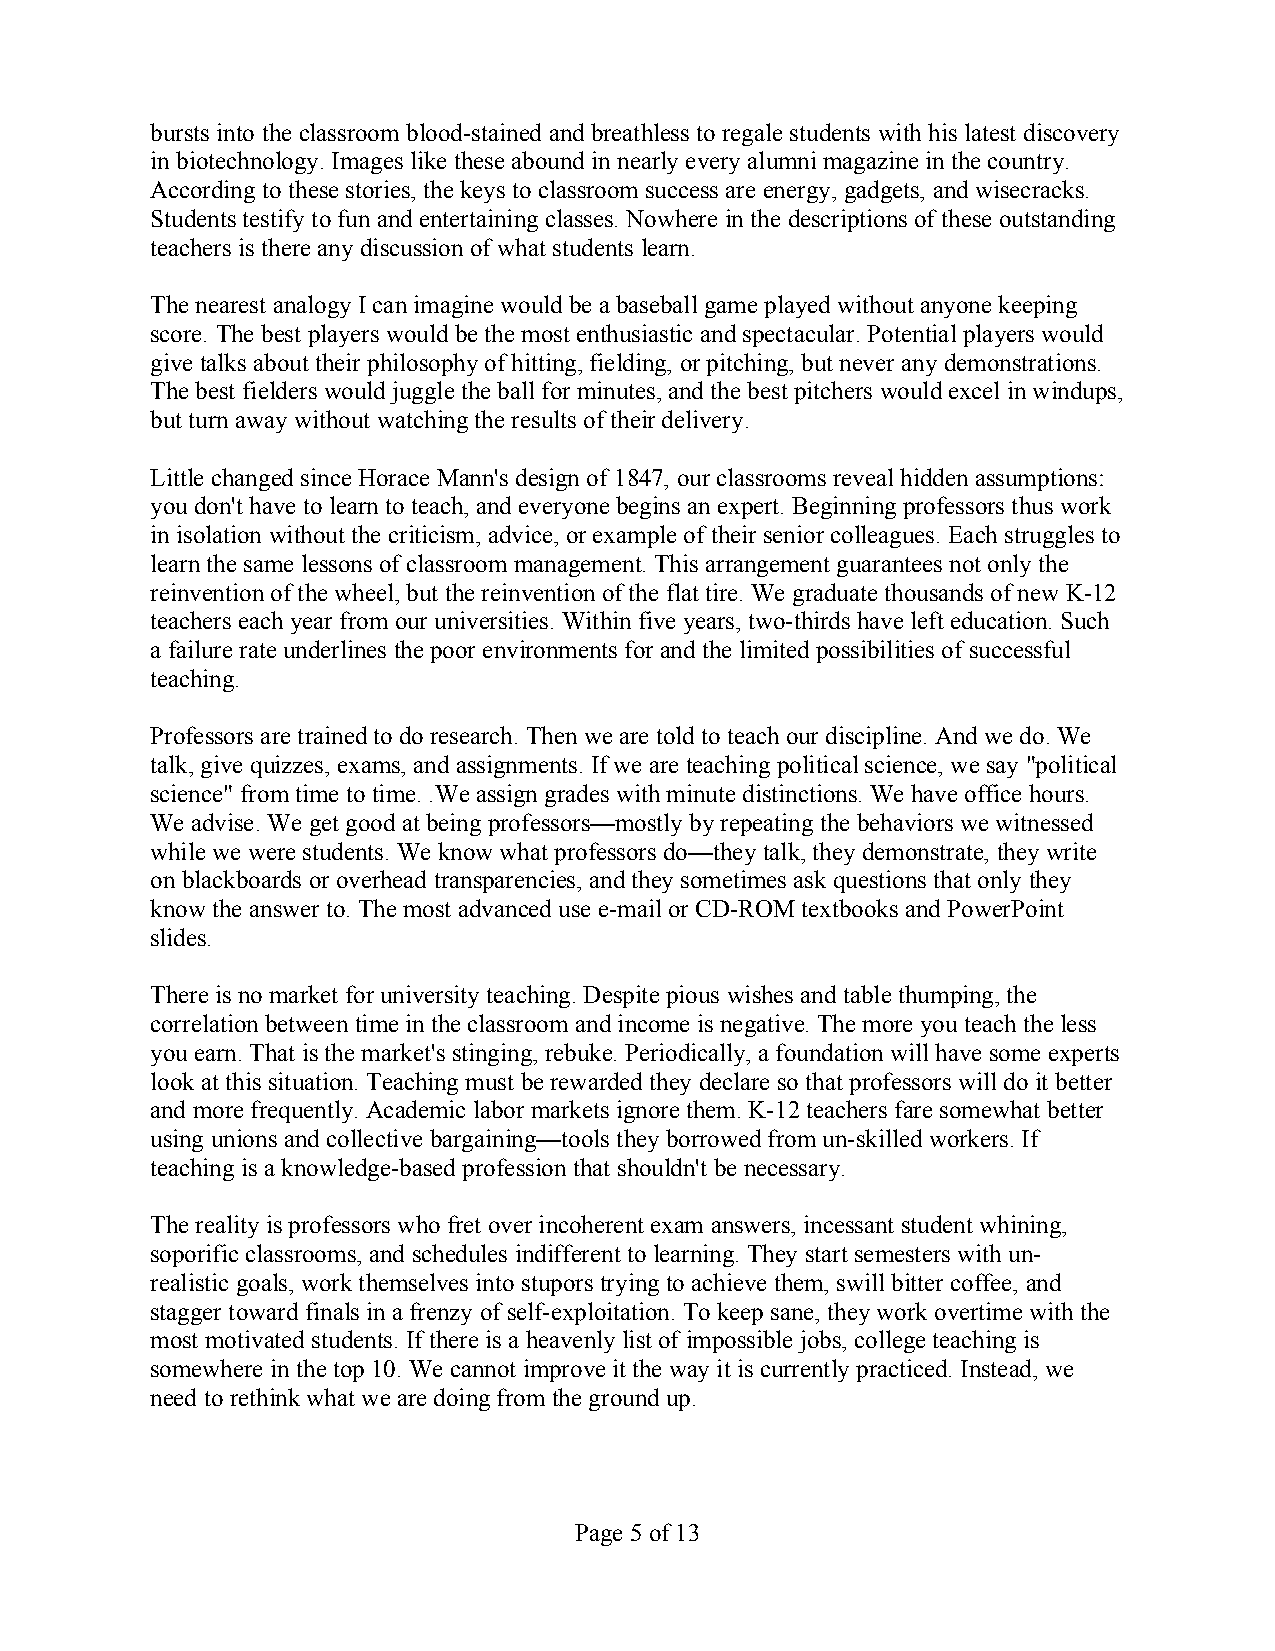
bursts into the classroom blood-stained and breathless to regale students with his latest discovery
 in biotechnology. Images like these abound in nearly every alumni magazine in the country.
 According to these stories, the keys to classroom success are energy, gadgets, and wisecracks.
 Students testify to fun and entertaining classes. Nowhere in the descriptions of these outstanding
 teachers is there any discussion of what students learn.
 The nearest analogy I can imagine would be a baseball game played without anyone keeping
 score. The best players would be the most enthusiastic and spectacular. Potential players would
 give talks about their philosophy of hitting, fielding, or pitching, but never any demonstrations.
 The best fielders would juggle the ball for minutes, and the best pitchers would excel in windups,
 but turn away without watching the results of their delivery.
 Little changed since Horace Mann's design of 1847, our classrooms reveal hidden assumptions:
 you don't have to learn to teach, and everyone begins an expert. Beginning professors thus work
 in isolation without the criticism, advice, or example of their senior colleagues. Each struggles to
 learn the same lessons of classroom management. This arrangement guarantees not only the
 reinvention of the wheel, but the reinvention of the flat tire. We graduate thousands of new K-12
 teachers each year from our universities. Within five years, two-thirds have left education. Such
 a failure rate underlines the poor environments for and the limited possibilities of successful
 teaching.
 Professors are trained to do research. Then we are told to teach our discipline. And we do. We
 talk, give quizzes, exams, and assignments. If we are teaching political science, we say "political
 science" from time to time. .We assign grades with minute distinctions. We have office hours.
 We advise. We get good at being professors—mostly by repeating the behaviors we witnessed
 while we were students. We know what professors do—they talk, they demonstrate, they write
 on blackboards or overhead transparencies, and they sometimes ask questions that only they
 know the answer to. The most advanced use e-mail or CD-ROM textbooks and PowerPoint
 slides.
 There is no market for university teaching. Despite pious wishes and table thumping, the
 correlation between time in the classroom and income is negative. The more you teach the less
 you earn. That is the market's stinging, rebuke. Periodically, a foundation will have some experts
 look at this situation. Teaching must be rewarded they declare so that professors will do it better
 and more frequently. Academic labor markets ignore them. K-12 teachers fare somewhat better
 using unions and collective bargaining—tools they borrowed from un-skilled workers. If
 teaching is a knowledge-based profession that shouldn't be necessary.
 The reality is professors who fret over incoherent exam answers, incessant student whining,
 soporific classrooms, and schedules indifferent to learning. They start semesters with un-
 realistic goals, work themselves into stupors trying to achieve them, swill bitter coffee, and
 stagger toward finals in a frenzy of self-exploitation. To keep sane, they work overtime with the
 most motivated students. If there is a heavenly list of impossible jobs, college teaching is
 somewhere in the top 10. We cannot improve it the way it is currently practiced. Instead, we
 need to rethink what we are doing from the ground up.
 Page 5 of 13